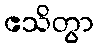
ဧသိတွာ